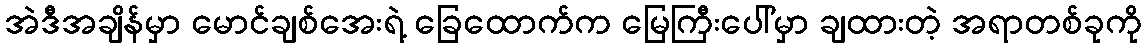
အဲဒီအချိန်မှာ မောင်ချစ်အေးရဲ့ ခြေထောက်က မြေကြီးပေါ်မှာ ချထားတဲ့ အရာတစ်ခုကို